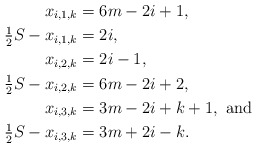
\begin{align*}x_{i,1,k} &= 6m-2i+1, \\\tfrac{1}{2} S -x_{i,1,k} &= 2i, \\x_{i,2,k} &= 2i-1, \\\tfrac{1}{2} S - x_{i,2,k} &= 6m-2i+2, \\x_{i,3,k} &= 3m-2i+k+1, \mbox{ and } \\\tfrac{1}{2} S - x_{i,3,k} &= 3m+2i-k. \end{align*}